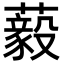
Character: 藙